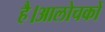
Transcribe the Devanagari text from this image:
है।आलोचकों